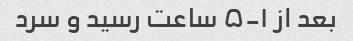
بعد از ۱-۵ ساعت رسید و سرد